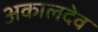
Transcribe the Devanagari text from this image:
अकालदेव